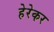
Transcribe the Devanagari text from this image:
हेरेकर